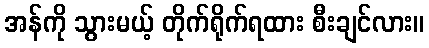
အန်ကို သွားမယ့် တိုက်ရိုက်ရထား စီးချင်လား။